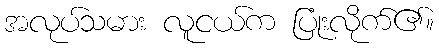
အလုပ်သမား လူငယ်က ပြုံးလိုက်၏။